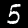
Digit: 5